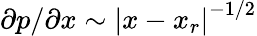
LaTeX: \partial p/\partial x\sim\left|x-x_{r}\right|^{-1/2}